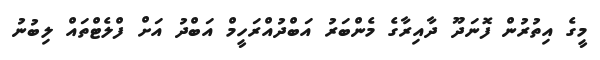
މީގެ އިތުރުން ފޮނަދޫ ދާއިރާގެ މެންބަރު އަބްދުއްރަހީމް އަބްދު އަށް ފްލެޓްތައް ލިބުނު